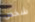
شخص